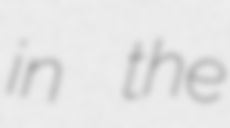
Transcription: in the